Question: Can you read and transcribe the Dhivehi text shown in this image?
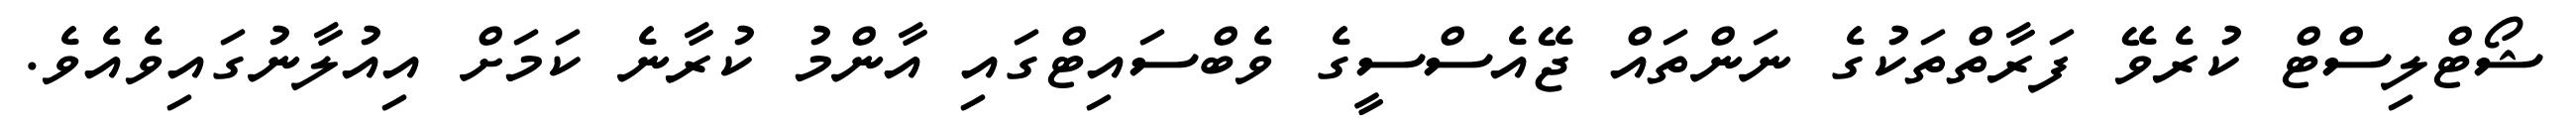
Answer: ޝޯޓްލިސްޓް ކުރެވޭ ފަރާތްތަކުގެ ނަންތައް ޖޭއެސްސީގެ ވެބްސައިޓްގައި އާންމު ކުރާނެ ކަމަށް އިއުލާނުގައިވެއެވެ.